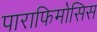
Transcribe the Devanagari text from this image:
पाराफिमोसिस